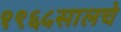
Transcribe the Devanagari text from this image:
१९६५सालचे